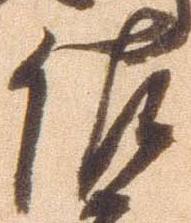
佐